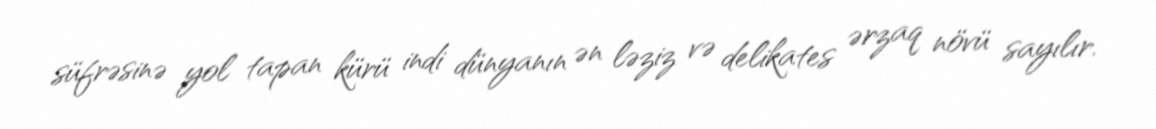
süfrəsinə yol tapan kürü indi dünyanın ən ləziz və delikates ərzaq növü sayılır.